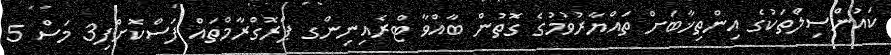
ކައުންސިލްތަކުގެ އިންތިޚާބަށް ތައްޔާރުވުމުގެ ގޮތުން ބާއްވާ ޓްރެއިނިންގ ޕްރޮގްރާމްތައް ފަސްކޮށްފި3 މަސް 5